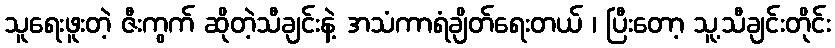
သူရေးဖူးတဲ့ ဇီးကွက် ဆိုတဲ့သီချင်းနဲ့ အသံကာရံချိတ်ရေးတယ် ၊ ပြီးတော့ သူ့သီချင်းတိုင်း